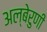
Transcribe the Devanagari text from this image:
अल्बेरुणी